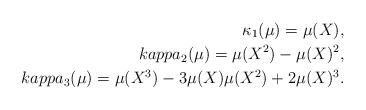
LaTeX: \begin{align*} \kappa_1 ( \mu ) = \mu (X), \\kappa_2 ( \mu ) = \mu (X^2) - \mu (X)^2, \\kappa_3 ( \mu ) = \mu (X^3) - 3 \mu (X) \mu (X^2) + 2 \mu (X)^3.\end{align*}